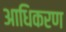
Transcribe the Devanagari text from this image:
आधिकरण